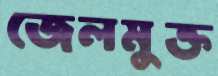
জেলমুক্ত